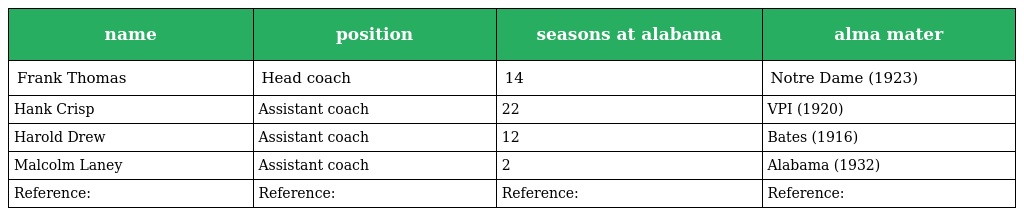
| name | position | seasons at alabama | alma mater |
 | --- | --- | --- | --- |
 | Frank Thomas | Head coach | 14 | Notre Dame (1923) |
 | Hank Crisp | Assistant coach | 22 | VPI (1920) |
 | Harold Drew | Assistant coach | 12 | Bates (1916) |
 | Malcolm Laney | Assistant coach | 2 | Alabama (1932) |
 | Reference: | Reference: | Reference: | Reference: |